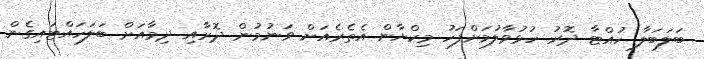
ބަލަބަލާ ހުއްޓާ ދޮރު ހުޅުވާލުމަށްފަހު މިކްޔާން އެތެރެއަށް ވަނުމުން ދޮރާއި ދިމާއަށް ބަލަހައްޓައިގެން